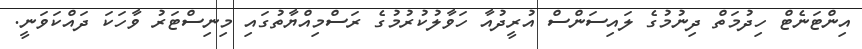
އިންޓަނެޓް ހިދުމަތް ދިނުމުގެ ލައިސަންސް އުރީދުއާ ހަވާލުކުރުމުގެ ރަސްމިއްޔާތުގައި މިނިސްޓަރު ވާހަކަ ދައްކަވަނީ.